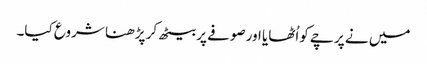
میں نے پرچے کواُٹھایا اورصوفے پربیٹھ کر پڑھنا شروع کیا۔